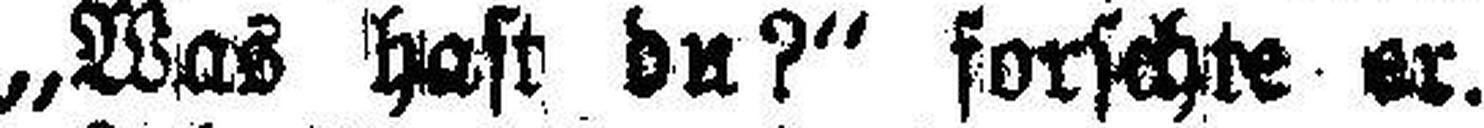
„Was hast du?“ forschte er.